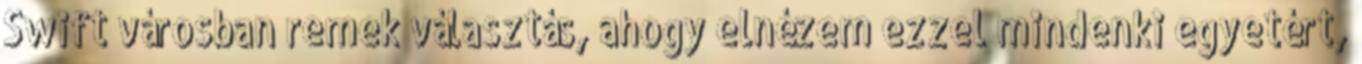
Swift városban remek választás, ahogy elnézem ezzel mindenki egyetért,